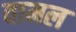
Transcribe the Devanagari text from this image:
वामल